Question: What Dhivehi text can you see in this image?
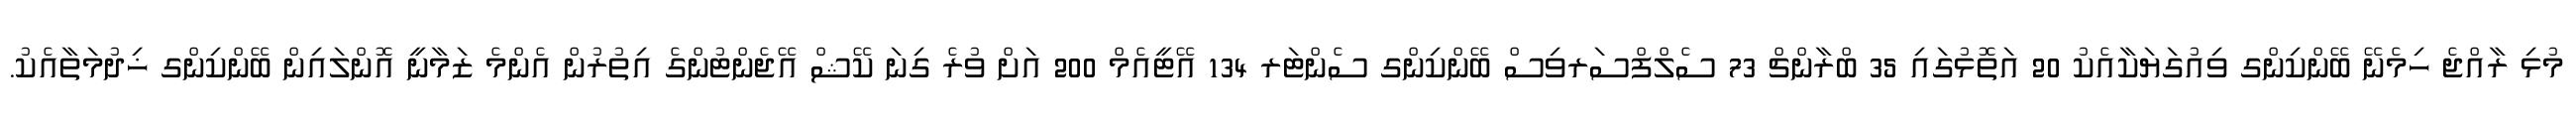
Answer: މުޅި ރާއްޖެ ހިމެނޭ ބޭންކިންގ ވިއުގަޔަކާއެކު 20 އަތޮޅުގައި 35 ބްރާންޗް 73 ސެލްފްސަރވިސް ބޭންކިންގ ސެންޓަރ 134 އޭޓީއެމް 200 އަށް ވުރެ ގިނަ ކޭޝް އޭޖެންޓުންގެ އިތުރުން އެންމެ ޒަމާނީ އޮންލައިން ބޭންކިންގ ޚިދުމަތާއެކު.